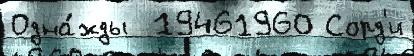
Одна́жды  19461960 Сорд'и